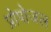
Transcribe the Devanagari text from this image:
प्रोपोजल